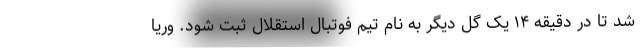
شد تا در دقیقه ۱۴ یک گل دیگر به نام تیم فوتبال استقلال ثبت شود. وریا